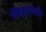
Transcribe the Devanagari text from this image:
शिशुवर्गात